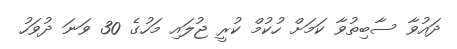
ދައުވާ ސާބިތުވާ ކަމަށް ހުކުމް ކުރީ ޖުލައި މަހުގެ 30 ވަނަ ދުވަހު